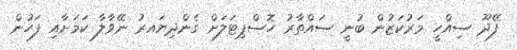
ފޭދޫ ސިއްހީ މަރުކަޒުން ބުނީ ސައްތާރު ހޮސްޕިޓަލަށް ގެންދިޔައރު ނޭވާލާ ކަމަށާއި ފަހުން